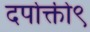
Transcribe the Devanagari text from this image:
दर्पोक्ती९